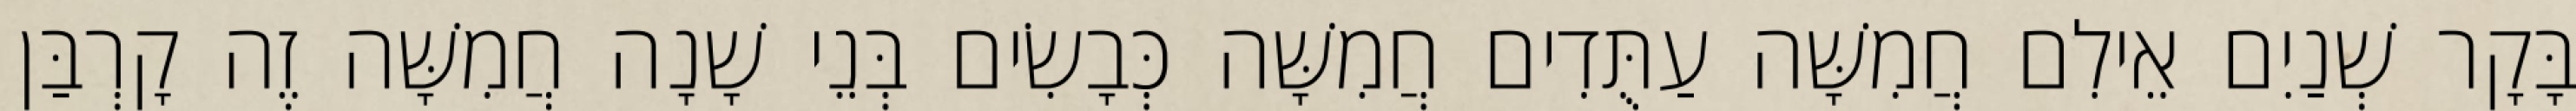
בָּקָר שְׁנַיִם אֵילִם חֲמִשָּׁה עַתֻּדִים חֲמִשָּׁה כְּבָשִׂים בְּנֵי שָׁנָה חֲמִשָּׁה זֶה קָרְבַּן